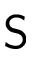
\mathsf { S }